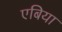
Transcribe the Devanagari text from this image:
एबिया